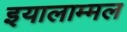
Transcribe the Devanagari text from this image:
इयालाम्मल